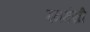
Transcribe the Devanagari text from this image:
बनमंखी